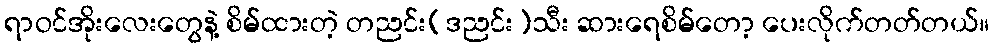
ရာဝင်အိုးလေးတွေနဲ့ စိမ်ထားတဲ့ တညင်း(ဒညင်း)သီး ဆားရေစိမ်တော့ ပေးလိုက်တတ်တယ်။